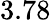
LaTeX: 3.78